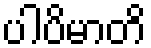
ပါပိမာတိ